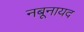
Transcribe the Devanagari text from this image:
नबूनायद